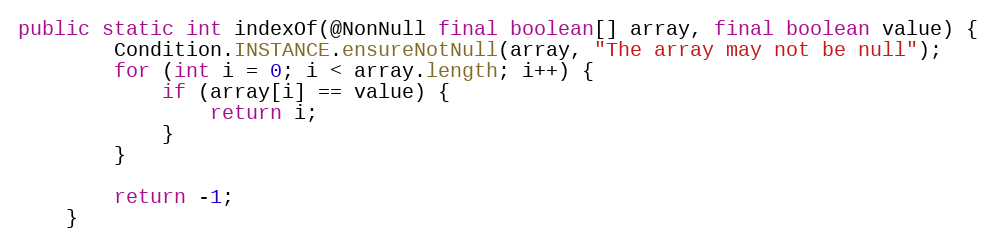
Language: Java
public static int indexOf(@NonNull final boolean[] array, final boolean value) {
        Condition.INSTANCE.ensureNotNull(array, "The array may not be null");
        for (int i = 0; i < array.length; i++) {
            if (array[i] == value) {
                return i;
            }
        }

        return -1;
    }